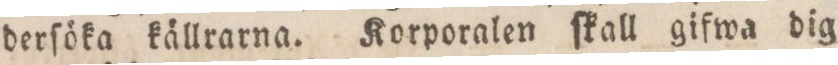
derſöka källrarna. Korporalen ſkall gifwa dig